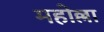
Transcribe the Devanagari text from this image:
महोल्ला